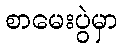
စာမေးပွဲမှာ